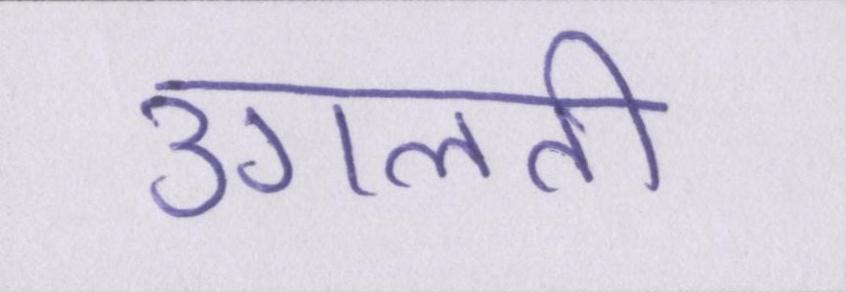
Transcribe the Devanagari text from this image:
उगलती